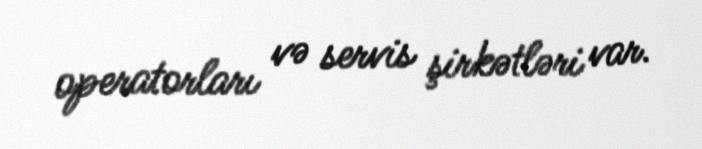
operatorları və servis şirkətləri var.